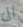
الى